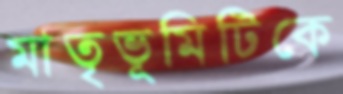
মাতৃভূমিটিকে